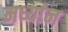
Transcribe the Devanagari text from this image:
मध्यांन